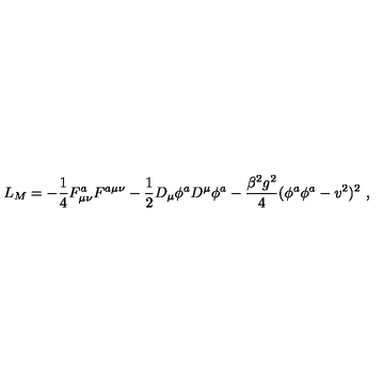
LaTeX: L _ { M } = - \frac { 1 } { 4 } F _ { \mu \nu } ^ { a } F ^ { a \mu \nu } - \frac { 1 } { 2 } D _ { \mu } \phi ^ { a } D ^ { \mu } \phi ^ { a } - \frac { \beta ^ { 2 } g ^ { 2 } } { 4 } ( \phi ^ { a } \phi ^ { a } - v ^ { 2 } ) ^ { 2 } \ ,